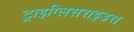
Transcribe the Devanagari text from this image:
ट्राइग्लिसराइडस